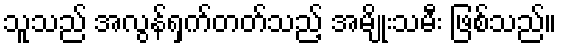
သူသည် အလွန်ရှက်တတ်သည့် အမျိုးသမီး ဖြစ်သည်။